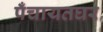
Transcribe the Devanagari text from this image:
पँचायतघर